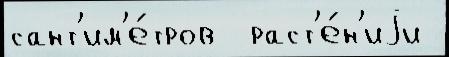
сант'им'е́тров  раст'е́н'иjи